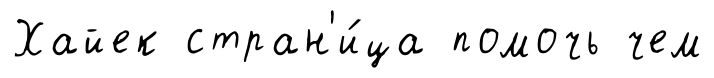
Хайек стран'и́ца помочь чем